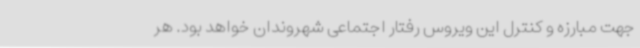
جهت مبارزه و کنترل این ویروس رفتار اجتماعی شهروندان خواهد بود. هر